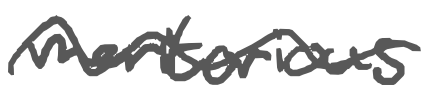
Text: meritorious
Cross-out: wave
Writing tool: digital_gray